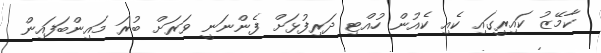
ކާމޭޒު ކައިރީގައި ކެއި ކެއުން ހުއްޓި ދަރިފުޅަށް ފެންނަނީ ވަރަށް ބުރަ މައިންބަފައިން